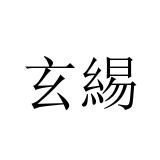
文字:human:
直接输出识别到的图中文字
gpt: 玄緆